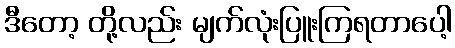
ဒီတော့ တို့လည်း မျက်လုံးပြူးကြရတာပေါ့